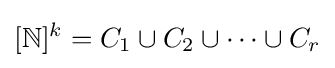
[\mathbb {N} ]^{k}=C_{1}\cup C_{2}\cup \cdots \cup C_{r}